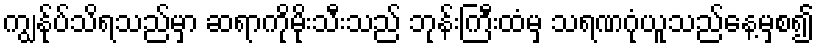
ကျွန်ုပ်သိရသည်မှာ ဆရာကိုမိုးသီးသည် ဘုန်းကြီးထံမှ သရဏဂုံယူသည်နေ့မှစ၍